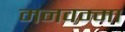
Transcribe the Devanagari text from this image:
मनवम्मा